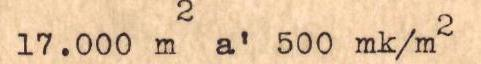
17.000 m2 a' 500 mk/m2